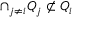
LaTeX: \cap _ { j \neq i } Q _ { j } \not \subset Q _ { i }